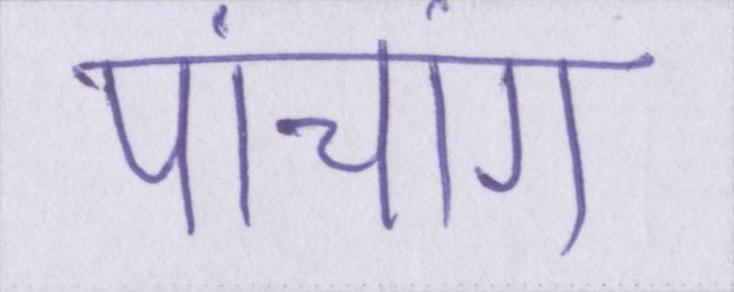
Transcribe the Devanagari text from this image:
पांचांग